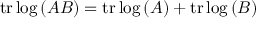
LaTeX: \operatorname { t r } { \log { ( A B ) } } = \operatorname { t r } { \log { ( A ) } } + \operatorname { t r } { \log { ( B ) } }